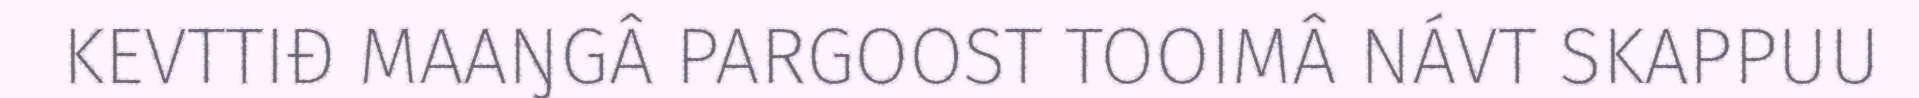
KEVTTIĐ MAAŊGÂ PARGOOST TOOIMÂ NÁVT SKAPPUU